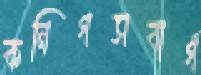
কনিগসবার্গ